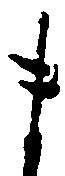
ま